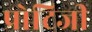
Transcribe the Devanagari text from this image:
प्रोटिजी